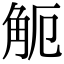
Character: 𧣂